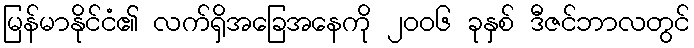
မြန်မာနိုင်ငံ၏ လက်ရှိအခြေအနေကို ၂၀၀၆ ခုနှစ် ဒီဇင်ဘာလတွင်